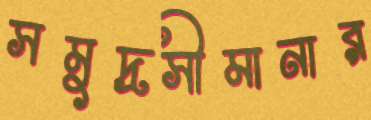
সমুদ্রসীমানার